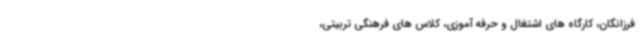
فرزانگان، کارگاه های اشتغال و حرفه آموزی، کلاس های فرهنگی تربیتی،